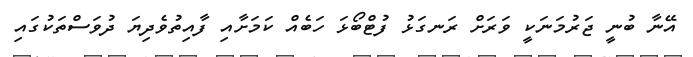
އޭނާ ބުނީ ޖަރުމަނަކީ ވަރަށް ރަނގަޅު ފުޓްބޯޅަ ހަބެއް ކަމަށާއި ފާއިތުވެދިޔަ ދުވަސްތަކުގައި